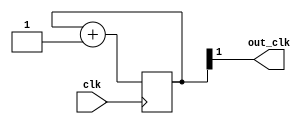

module div4(
	input wire clk,
	output wire out_clk
);

reg [1:0]cnt=0;
always @( posedge clk )
	cnt <= cnt+1;
	
assign out_clk = cnt[1];

endmodule